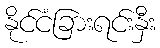
နိုင်ငံခြားရင်းနှီး